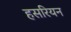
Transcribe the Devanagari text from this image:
हसरियन